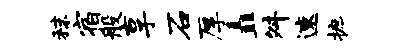
秣宿般享石厚矗舛速摭